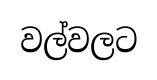
වල්වලට